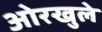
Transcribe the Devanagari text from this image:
ओरखुले